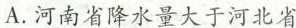
A.河南省降水量大于河北省